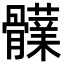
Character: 𩪫